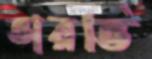
ভারভি